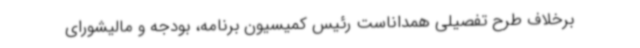
برخلاف طرح تفصیلی همداناست رئیس کمیسیون برنامه، بودجه و ‌مالیشورای